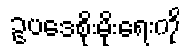
ဥပဒေစိုးမိုးရေးကို